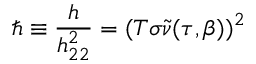
\hbar \equiv \frac { h } { h _ { 2 2 } ^ { 2 } } = ( T \sigma \tilde { \nu } ( \tau , \beta ) ) ^ { 2 }